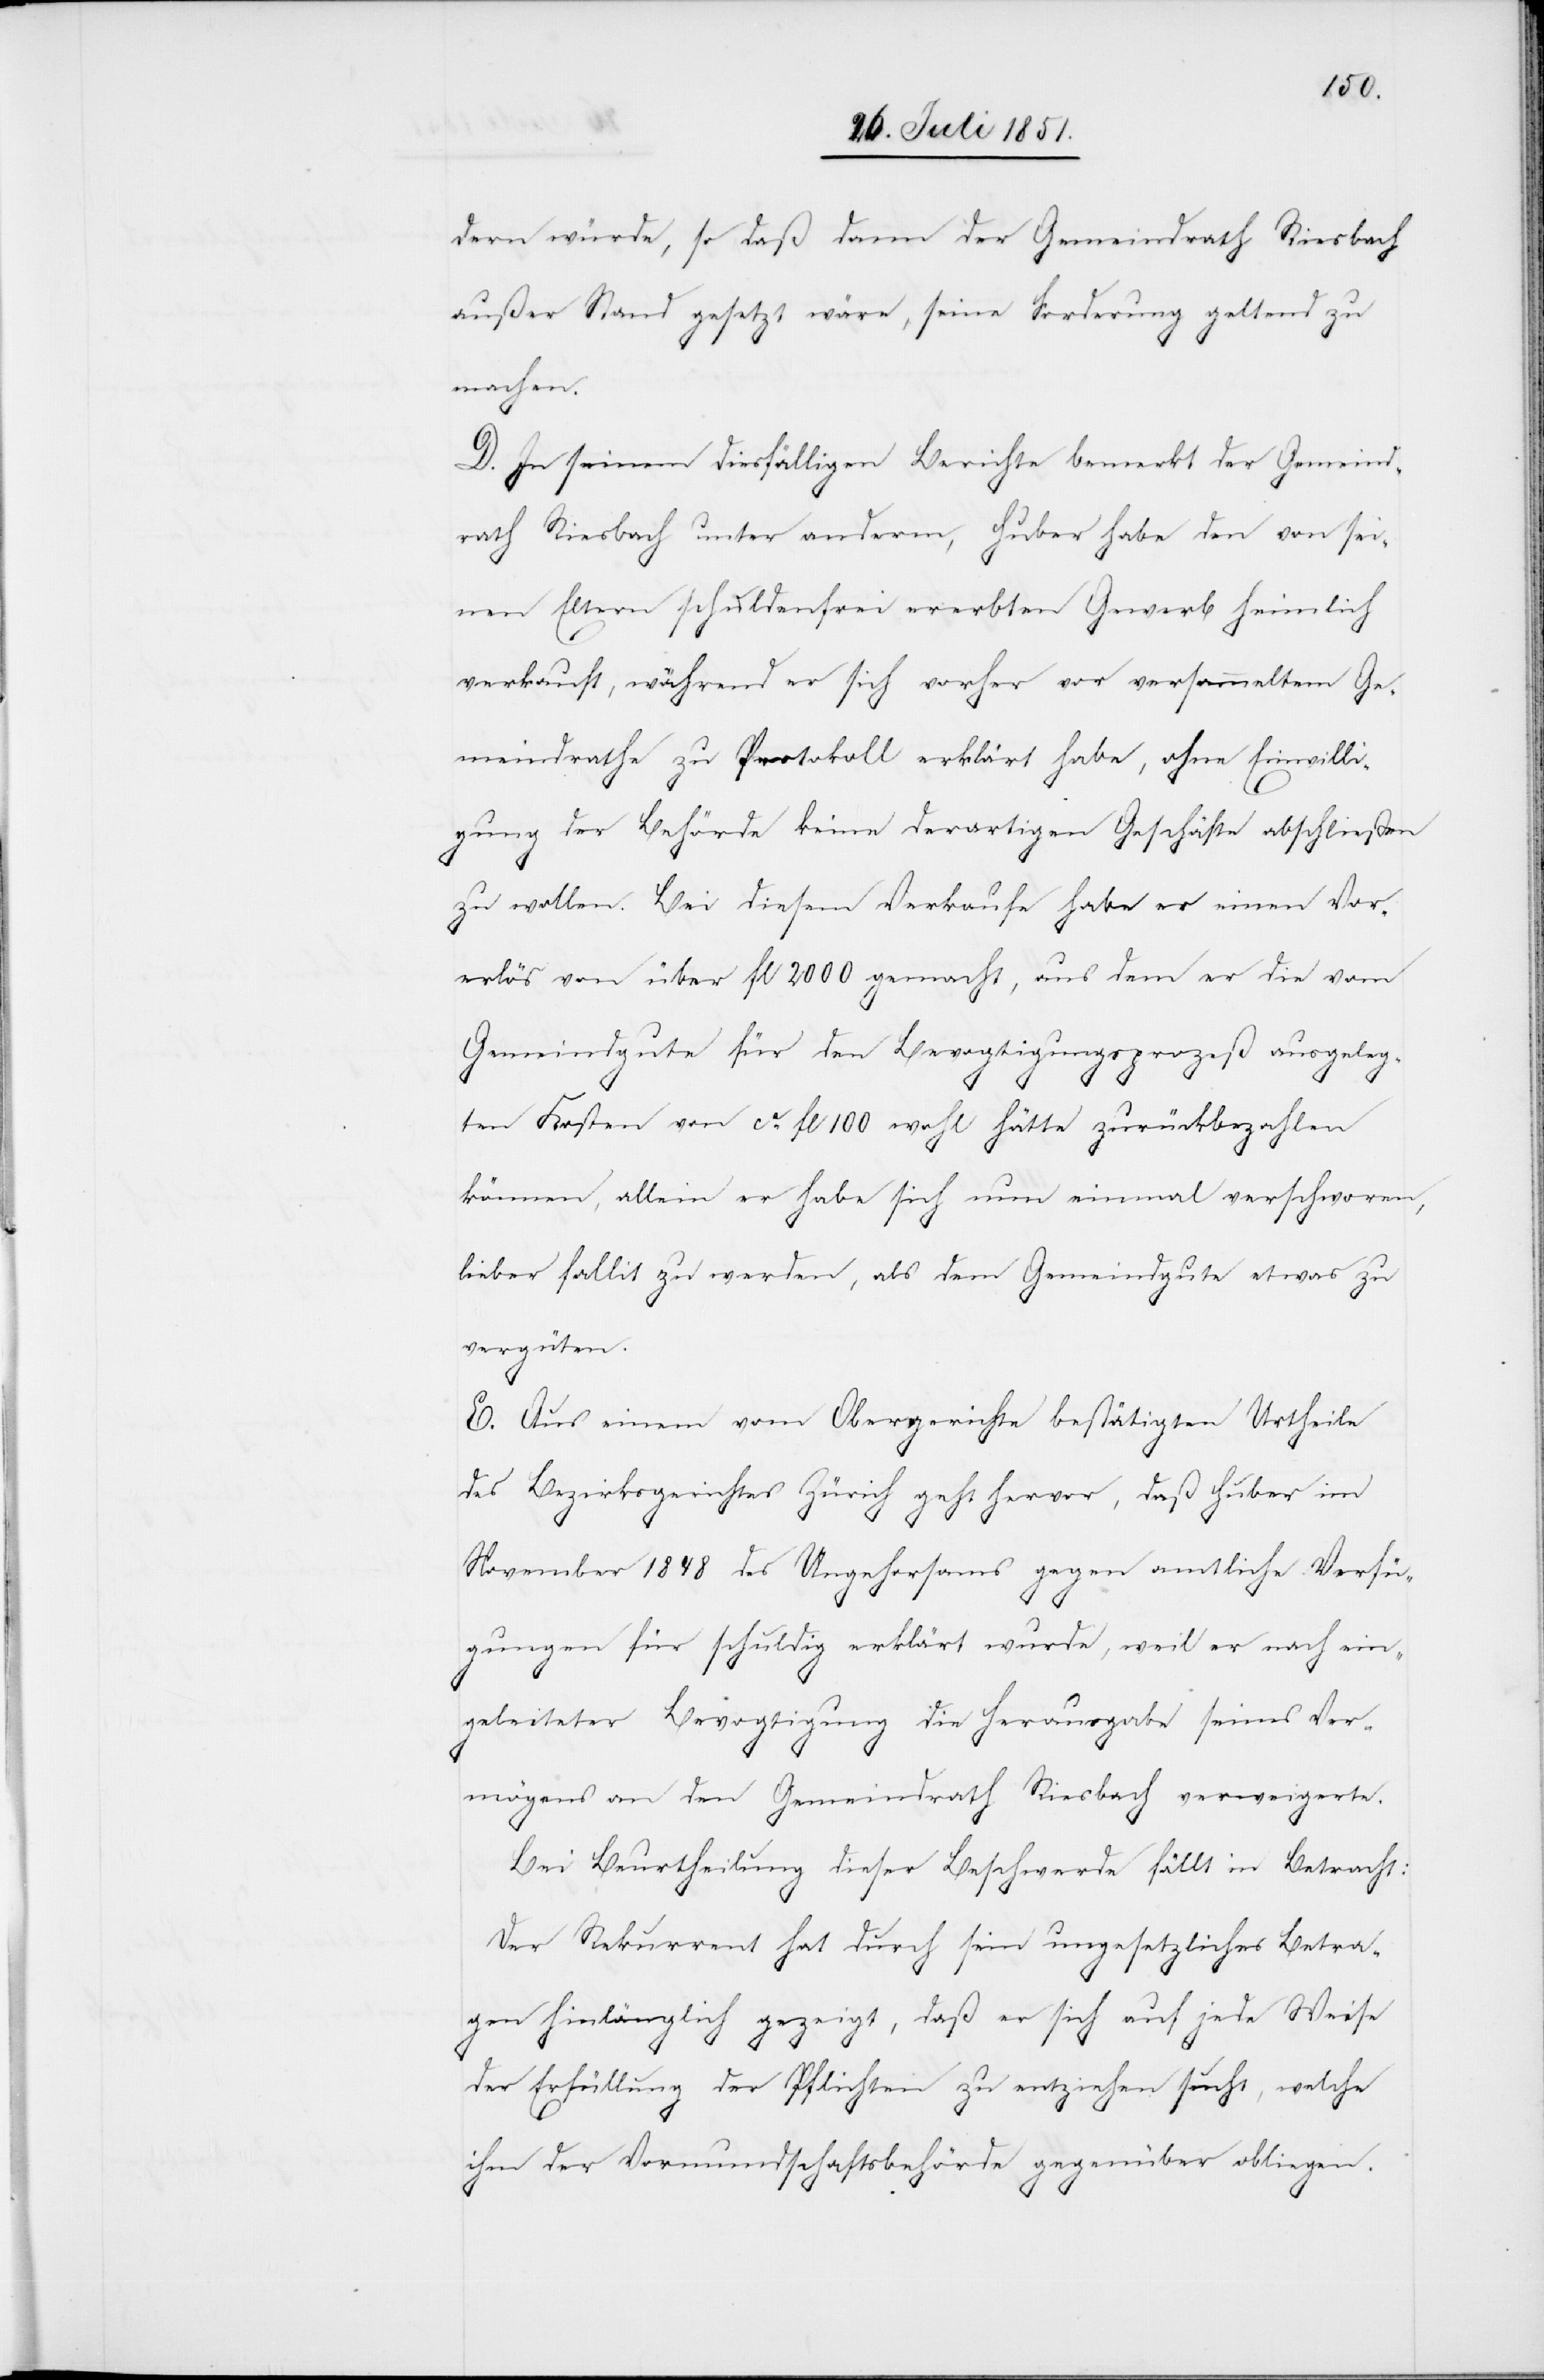
dern würde, so daß dann der Gemeindrath Riesbach
außer Stand gesetzt wäre, seine Forderung geltend zu
machen.
D. In seinem diesfälligen Berichte bemerkt der Gemeind¬
rath Riesbach unter anderm, Huber habe den von sei¬
nen Eltern schuldenfrei ererbten Gewerb heimlich
verkauft, während er sich vorher vor versammeltem Ge¬
meindrathe zu Protokoll erklärt habe, ohne Einwilli¬
gung der Behörde keine derartigen Geschäfte abschließen
zu wollen. Bei diesem Verkaufe habe er einen Vor¬
erlös von über fl 2000 gemacht, aus dem er die vom
Gemeindgute für den Bevogtigungsprozeß ausgeleg¬
ten Kosten von ca. fl 100 wohl hätte zurückbezahlen
können, allein er habe sich nun einmal verschworen,
lieber fallit zu werden, als dem Gemeindgute etwas zu
vergüten.
E. Aus einem vom Obergerichte bestätigten Urtheile
des Bezirksgerichtes Zürich geht hervor, daß Huber im
November 1848 des Ungehorsams gegen amtliche Verfü¬
gungen für schuldig erklärt wurde, weil er nach ein¬
geleiteter Bevogtigung die Herausgabe seines Ver¬
mögens an den Gemeindrath Riesbach verweigerte.
Bei Beurtheilung dieser Beschwerde fällt in Betracht:
Der Rekurrent hat durch sein ungesetzliches Betra¬
gen hinlänglich gezeigt, daß er sich auf jede Weise
der Erfüllung der Pflichten zu entziehen sucht, welche
ihm der Vormundschaftsbehörde gegenüber obliegen.